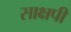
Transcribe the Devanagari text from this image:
साक्षपी